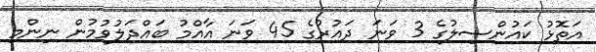
އަތޮޅު ކައުންސިލުގެ 3 ވަނަ ދައުރުގެ 45 ވަނަ އާއްމު ބައްދަލުވުމުން ނިންމި